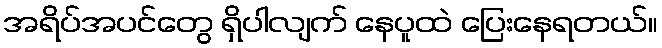
အရိပ်အပင်တွေ ရှိပါလျက် နေပူထဲ ပြေးနေရတယ်။